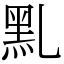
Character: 䵝